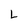
Character: L